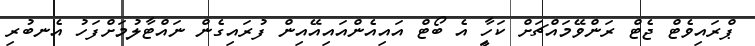
ޕްރައިވެޓް ޖެޓް ރަންވޭމައްޗަށް ކަހާީި އެ ބޯޓް އައިއެންއައިއޭއިން ފުރައިގެން ނައްޓާލުމަށްފަހު އެނބުރި